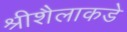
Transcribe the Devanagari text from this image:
श्रीशैलाकडे